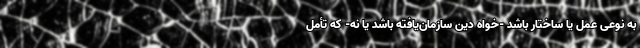
به نوعی عمل یا ساختار باشد -خواه دین سازمان‌یافته باشد یا نه- که تأمل